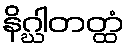
နိဂ္ဃါတတ္ထံ